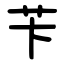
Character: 苄